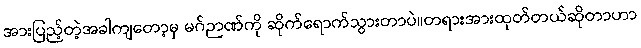
အားပြည့်တဲ့အခါကျတော့မှ မဂ်ဉာဏ်ကို ဆိုက်ရောက်သွားတာပဲ။တရားအားထုတ်တယ်ဆိုတာဟာ